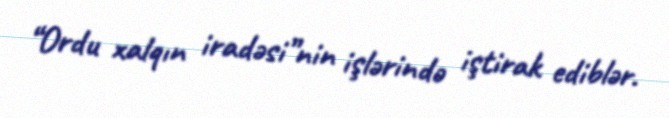
“Ordu xalqın iradəsi”nin işlərində iştirak ediblər.